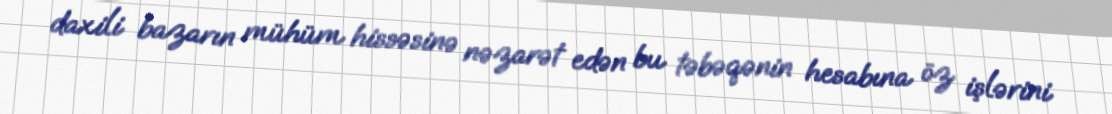
daxili bazarın mühüm hissəsinə nəzarət edən bu təbəqənin hesabına öz işlərini